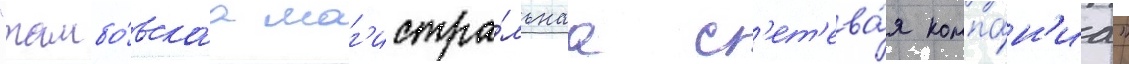
"тамбо́вскаа маг'истра́льнаа с'ет'ева́я компа́н'иа"